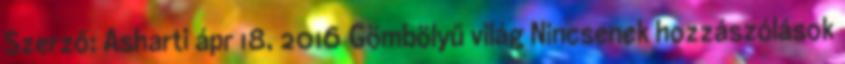
Szerző: Asharti ápr 18, 2016 Gömbölyű világ Nincsenek hozzászólások